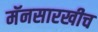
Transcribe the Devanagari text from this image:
मॅनसारखीच